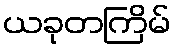
ယခုတကြိမ်